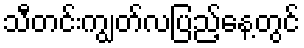
သီတင်းကျွတ်လပြည့်နေ့တွင်